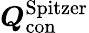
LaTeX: \boldsymbol{Q}_{\mathrm{con}}^{\mathrm{Spitzer}}